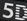
5D